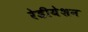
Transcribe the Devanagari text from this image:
रेडीयेशन